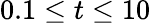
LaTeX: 0.1\leq t\leq 10